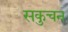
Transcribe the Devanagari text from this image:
सकुचन